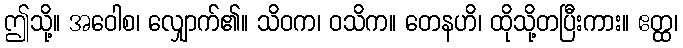
ဤသို့။ အဝေါစ၊ လျှောက်၏။ သိဝက၊ ဝသိက။ တေနဟိ၊ ထိုသို့တပြီးကား။ ဧတ္ထ၊